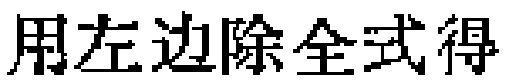
用左边除全式得